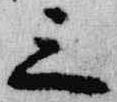
三